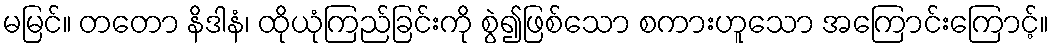
မမြင်။ တတော နိဒါနံ၊ ထိုယုံကြည်ခြင်းကို စွဲ၍ဖြစ်သော စကားဟူသော အကြောင်းကြောင့်။